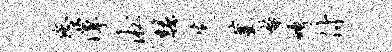
您潭淞归先摹螯缚付